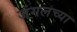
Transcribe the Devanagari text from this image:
जंगलच्या